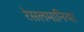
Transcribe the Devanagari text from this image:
रेसलमानिया